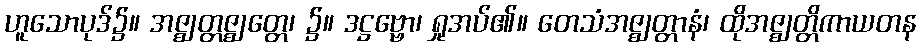
ဟူသောပုဒ်၌။ အဇ္ဈတ္တဇ္ဈတ္တေ၊ ၌။ ဒဋ္ဌဗ္ဗော၊ ရှုအပ်၏။ တေသံအဇ္ဈတ္တာနံ၊ ထိုအဇ္ဈတ္တိကာယတန